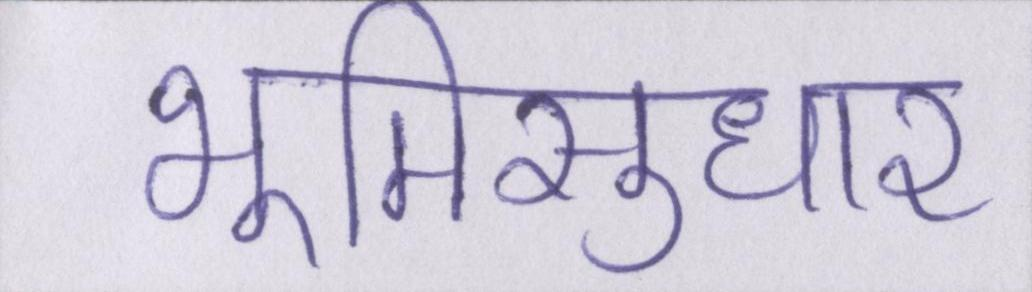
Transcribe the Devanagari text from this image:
भूमिसुधार